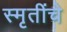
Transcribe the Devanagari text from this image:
स्मृतींचे